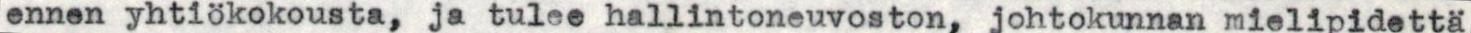
ennen yhtiökokousta, ja tulee hallintoneuvoston, johtokunnan mielipidettä